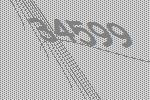
34599